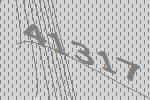
41317